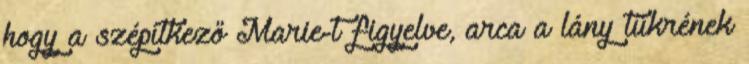
hogy a szépítkező Marie-t figyelve, arca a lány tükrének